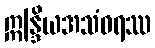
ဣန္ဒြိယအသံဝရဿ